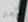
لأيجاد